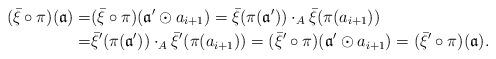
LaTeX: \begin{align*} (\bar{\xi}\circ \pi)(\mathfrak{a})= &(\bar{\xi}\circ \pi)(\mathfrak{a}'\odot a_{i+1})=\bar{\xi}(\pi(\mathfrak{a}'))\cdot_{A} \bar{\xi}(\pi( a_{i+1})) \\ = & \bar{\xi}'(\pi(\mathfrak{a}'))\cdot_{A} \bar{\xi}'(\pi( a_{i+1}))=(\bar{\xi}'\circ \pi)(\mathfrak{a}'\odot a_{i+1})=(\bar{\xi}'\circ \pi)(\mathfrak{a}).\end{align*}